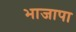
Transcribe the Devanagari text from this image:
भाजापा